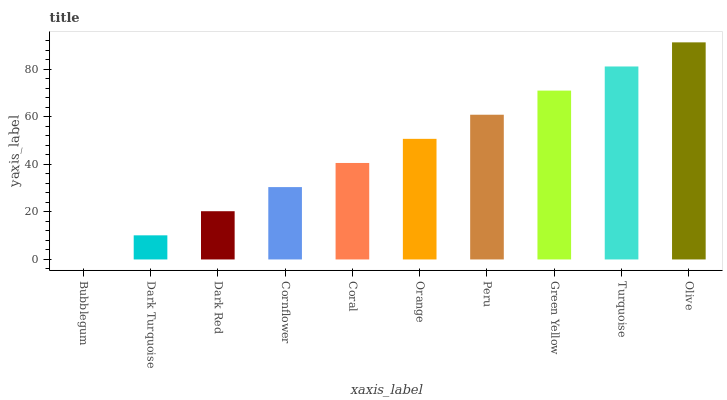
| xaxis_label | bars |
 | --- | --- |
 | Bubblegum | 0 |
 | Dark Turquoise | 10.2 |
 | Dark Red | 20.3 |
 | Cornflower | 30.5 |
 | Coral | 40.6 |
 | Orange | 50.8 |
 | Peru | 60.9 |
 | Green Yellow | 71.1 |
 | Turquoise | 81.2 |
 | Olive | 91.4 |